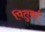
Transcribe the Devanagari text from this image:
पितुर्का